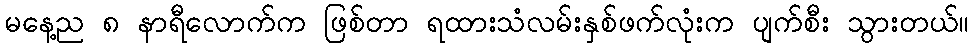
မနေ့ည ၈ နာရီလောက်က ဖြစ်တာ ရထားသံလမ်းနှစ်ဖက်လုံးက ပျက်စီး သွားတယ်။